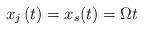
LaTeX: \begin{align*}x_{j}\left(t\right)=x_{s}(t)=\Omega t\end{align*}